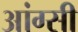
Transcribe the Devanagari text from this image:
आंग्सी